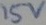
Text: 15v